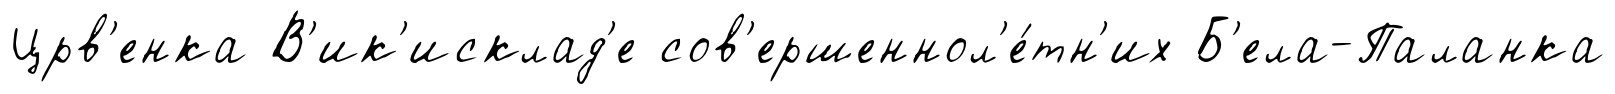
Црв'енка В'ик'исклад'е сов'ершеннол'е́тн'их Б'ела-Паланка